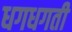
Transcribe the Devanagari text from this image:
धगधगती